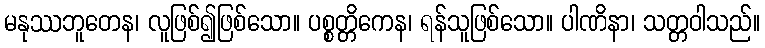
မနုဿဘူတေန၊ လူဖြစ်၍ဖြစ်သော။ ပစ္စတ္တိကေန၊ ရန်သူဖြစ်သော။ ပါဏိနာ၊ သတ္တဝါသည်။